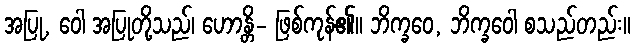
အပြု, ဝေါ အပြုတို့သည်၊ ဟောန္တိ- ဖြစ်ကုန်၏။ ဘိက္ခဝေ, ဘိက္ခဝေါ စသည်တည်း။